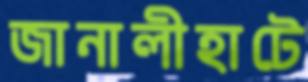
জানালীহাটে